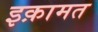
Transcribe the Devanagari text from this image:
इक़ामत